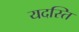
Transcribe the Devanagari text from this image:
यदस्ति